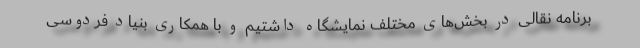
برنامه نقالی در بخش‌های مختلف نمایشگاه داشتیم و با همکاری بنیاد فردوسی